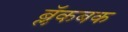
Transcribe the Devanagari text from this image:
ब्लॅकबक